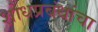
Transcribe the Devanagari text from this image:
शोधप्रबंधांचा